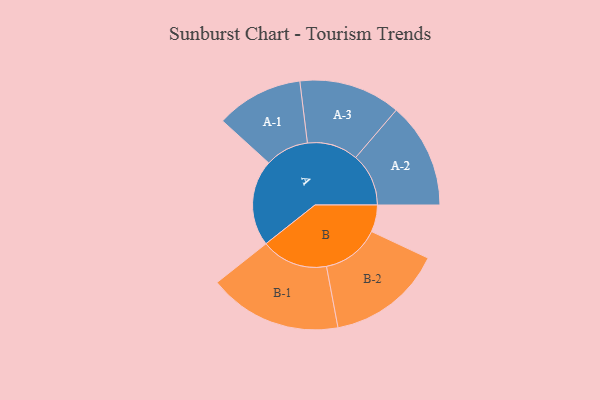
{"axis": {"x": "Segment", "y": "Value"}, "legend": ["", "A", "B"], "data": [{"x": "A", "y": 388, "type": ""}, {"x": "B", "y": 121, "type": ""}, {"x": "A-1", "y": 196, "type": "A"}, {"x": "A-2", "y": 238, "type": "A"}, {"x": "A-3", "y": 229, "type": "A"}, {"x": "B-1", "y": 300, "type": "B"}, {"x": "B-2", "y": 261, "type": "B"}]}